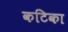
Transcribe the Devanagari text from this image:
कटिका